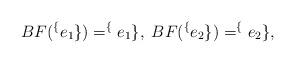
LaTeX: \begin{align*}BF(\sp\{e_{1}\})=\sp\{e_{1}\},\;BF(\sp\{e_{2}\})=\sp\{e_{2}\},\end{align*}